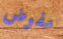
مفوض